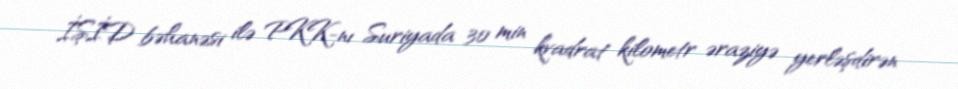
İŞİD bəhanəsi ilə PKK-nı Suriyada 30 min kvadrat kilometr əraziyə yerləşdirən